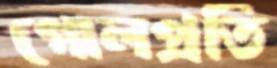
গোলপ্রতি